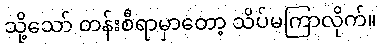
သို့သော် တန်းစီရာမှာတော့ သိပ်မကြာလိုက်။